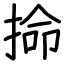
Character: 掵